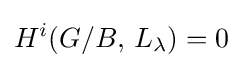
H^{i}(G/B,\,L_{\lambda })=0